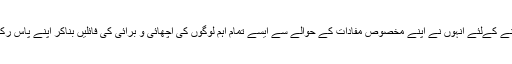
اپنے کام کو تقویت پہنچانے کےلئے اور وقتِ ضرورت کام نکالنے کےلئے اُنہوں نے اپنے مخصوص مفادات کے حوالے سے ایسے تمام اہم لوگوں کی اچھائی و برائی کی فائلیں بناکر اپنے پاس رکھنے کا رواج شروع کیا جو بعد میں اُنکی دوسری عادت بن گئی۔